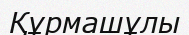
Құрмашұлы